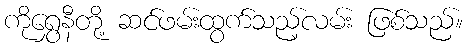
ကိုရွှေနီတို့ ဆင်ဖမ်းထွက်သည့်လမ်း ဖြစ်သည်။